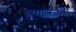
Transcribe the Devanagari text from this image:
विशालजगत